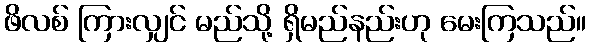
ဖိလစ် ကြားလျှင် မည်သို့ ရှိမည်နည်းဟု မေးကြသည်။